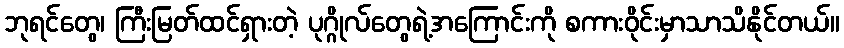
ဘုရင်တွေ၊ ကြီးမြတ်ထင်ရှားတဲ့ ပုဂ္ဂိုလ်တွေရဲ့အကြောင်းကို စကားဝိုင်းမှာသာသိနိုင်တယ်။